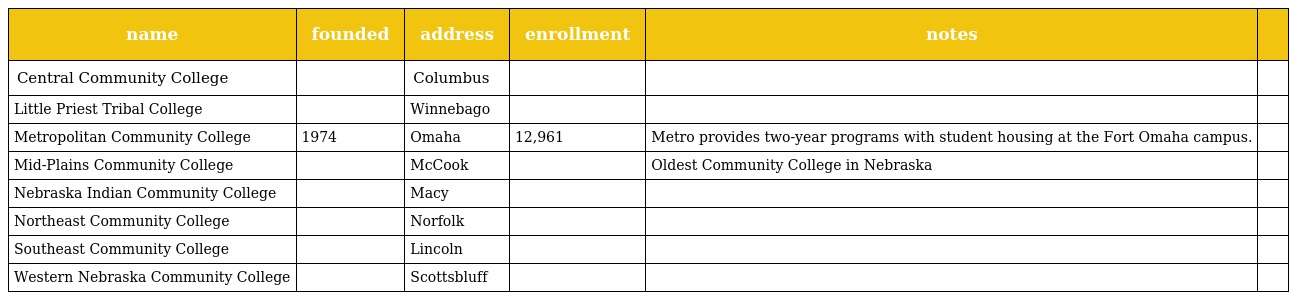
| name | founded | address | enrollment | notes |  |
 | --- | --- | --- | --- | --- | --- |
 | Central Community College |  | Columbus |  |  |  |
 | Little Priest Tribal College |  | Winnebago |  |  |  |
 | Metropolitan Community College | 1974 | Omaha | 12,961 | Metro provides two-year programs with student housing at the Fort Omaha campus. |  |
 | Mid-Plains Community College |  | McCook |  | Oldest Community College in Nebraska |  |
 | Nebraska Indian Community College |  | Macy |  |  |  |
 | Northeast Community College |  | Norfolk |  |  |  |
 | Southeast Community College |  | Lincoln |  |  |  |
 | Western Nebraska Community College |  | Scottsbluff |  |  |  |